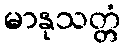
မာနုသတ္တံ